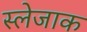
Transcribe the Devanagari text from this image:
स्लेजाक